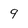
Character: 9